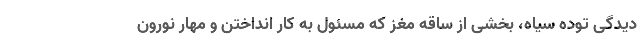
دیدگی توده سیاه، بخشی از ساقه مغز که مسئول به کار انداختن و مهار نورون